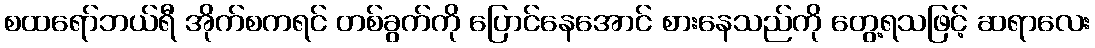
စထရော်ဘယ်ရီ အိုက်စကရင် တစ်ခွက်ကို ပြောင်နေအောင် စားနေသည်ကို တွေ့ရသဖြင့် ဆရာလေး